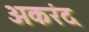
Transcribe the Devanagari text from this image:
अकरंद